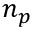
n _ { p }